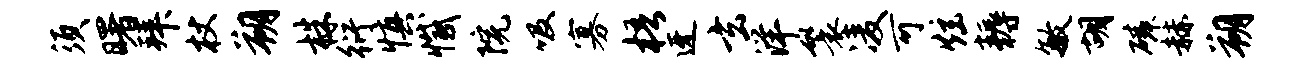
须曙拜杖朔株衍慎撼院吸寡梧迓玄洋鬟凌可炫耨敏胡磷赫朔